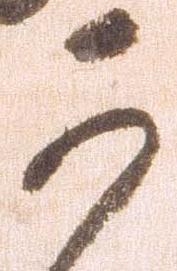
可